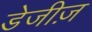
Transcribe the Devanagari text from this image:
डेजीज़